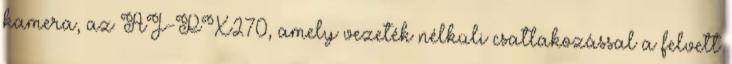
kamera, az AJ-PX270, amely vezeték nélküli csatlakozással a felvett